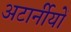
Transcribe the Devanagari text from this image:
अटार्नीयों